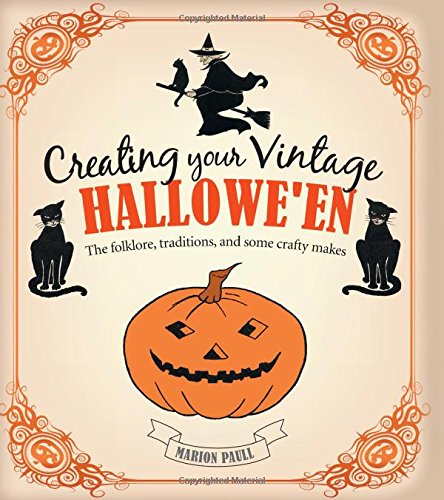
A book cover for Creating Your Vintage Hallowe'en: The Folklore, Traditions, and Some Crafty Makes; Marion Paull; Crafts, Hobbies & Home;